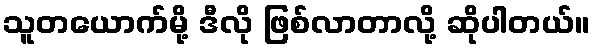
သူတယောက်မို့ ဒီလို ဖြစ်လာတာလို့ ဆိုပါတယ်။